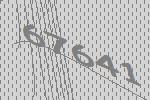
67641